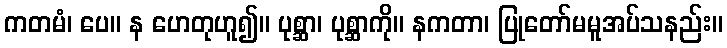
ကတမံ၊ ပေ။ န ဟေတုဟူ၍။ ပုစ္ဆာ၊ ပုစ္ဆာကို။ နကတာ၊ ပြုတော်မမူအပ်သနည်း။